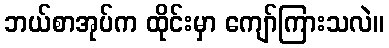
ဘယ်စာအုပ်က ထိုင်းမှာ ကျော်ကြားသလဲ။